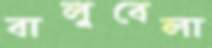
বালুবেলা